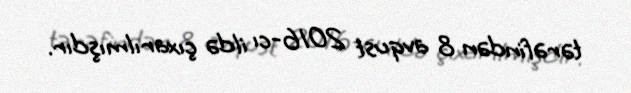
tərəfindən 8 avqust 2016-cı ildə çıxarılmışdır.